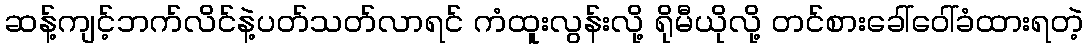
ဆန့်ကျင့်ဘက်လိင်နဲ့ပတ်သတ်လာရင် ကံထူးလွန်းလို့ ရိုမီယိုလို့ တင်စားခေါ်ဝေါ်ခံထားရတဲ့